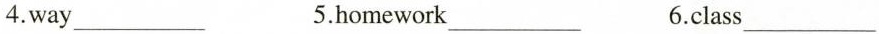
4.way___ 5.homework___ 6.class___